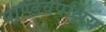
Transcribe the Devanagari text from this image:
पाण्डवपक्षिय